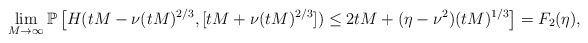
\begin{align*}\lim_{M\to\infty}\mathbb{P}\left[H(tM-\nu(tM)^{2/3},[tM+\nu(tM)^{2/3}])\le 2tM+(\eta-\nu^2)(tM)^{1/3}\right]=F_2(\eta),\end{align*}